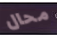
محال